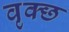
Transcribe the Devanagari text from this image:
वृक्छ